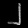
Digit: ၂